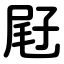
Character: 屘